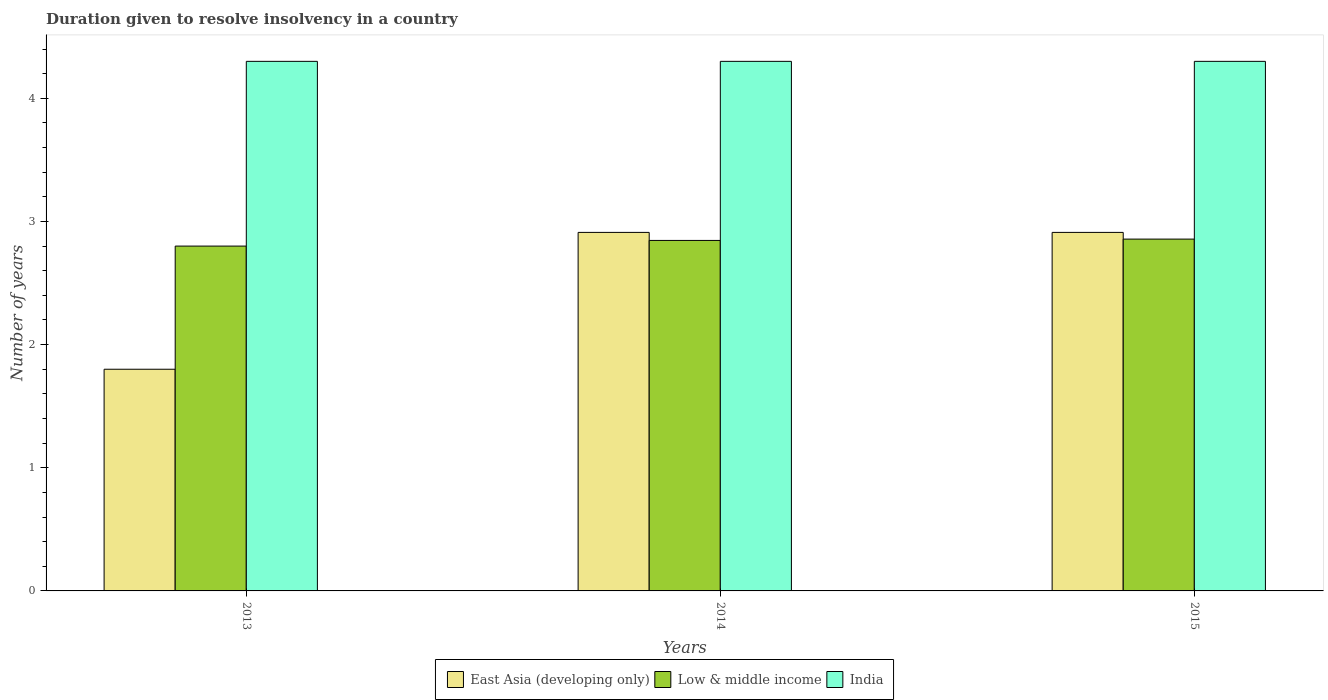
| Years | East Asia (developing only) | Low & middle income | India |
 | --- | --- | --- | --- |
 | 2013 | 1.8 | 2.8 | 4.3 |
 | 2014 | 2.91 | 2.85 | 4.3 |
 | 2015 | 2.91 | 2.86 | 4.3 |